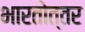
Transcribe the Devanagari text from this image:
भारतोत्तर